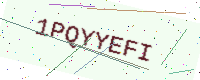
Text: 1PQYYEFI